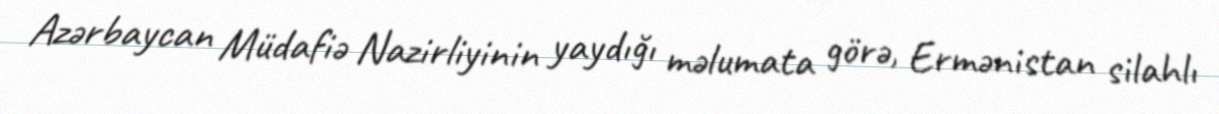
Azərbaycan Müdafiə Nazirliyinin yaydığı məlumata görə, Ermənistan silahlı